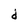
Character: d